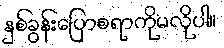
နှစ်ခွန်းပြောစရာကိုမလိုပါ။